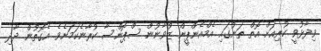
ވިދާޅުވީ ކުރިއަށް އޮތް ތަނުގައި އެމްއެންޕީން ޒުވާނުން ސްޕޮންސާ ކުރާނެކަމަށެވެ. އެގޮތުން ދާދި